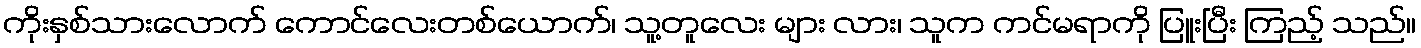
ကိုးနှစ်သားလောက် ကောင်လေးတစ်ယောက်၊ သူ့တူလေး များ လား၊ သူက ကင်မရာကို ပြူးပြီး ကြည့် သည်။